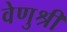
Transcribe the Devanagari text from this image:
वेणुश्री